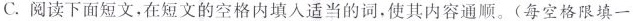
C.阅读下面短文,在短文的空格内填入适当的词,使其内容通顺.(每空格限填一